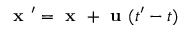
\textbf { x } ^ { \prime } = \textbf { x } + \textbf { u } ( t ^ { \prime } - t )